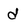
Character: d